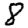
Digit: 8